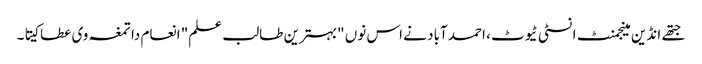
جتھے انڈین مینجمنٹ انسٹی ٹیوٹ، احمد آباد نے اس نوں "بہترین طالب علم" انعام دا تمغہ وی عطا کیتا۔